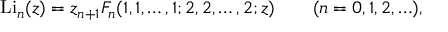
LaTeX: \operatorname { L i } _ { n } ( z ) = z _ { n + 1 } F _ { n } ( 1 , 1 , \dots , 1 ; 2 , 2 , \dots , 2 ; z ) \qquad ( n = 0 , 1 , 2 , \ldots ) ,